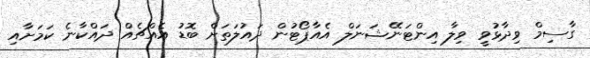
ގާސިމް ވިދާޅުވީ ވިލާ އިންޓަނޭޝަނަލް އެއާޕޯޓުން ދައުލަތަށް ބޮޑު އެއްޗެއް ދައްކާނެ ކަމަށާއި